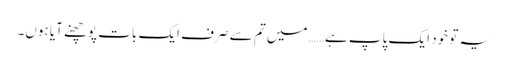
یہ تو خود ایک پاپ ہے…… میں تم سے صرف ایک بات پوچھنے آیا ہوں۔